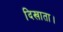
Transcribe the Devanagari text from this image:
दिखाता।